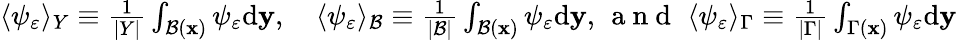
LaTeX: \begin{array}{r}{\langle\psi_{\varepsilon}\rangle_{Y}\equiv\frac{1}{|Y|}\int_{\mathcal{B}(\mathbf x)}\psi_{\varepsilon}\mathrm{d}\mathbf{y},\quad\langle\psi_{\varepsilon}\rangle_{\mathcal{B}}\equiv\frac{1}{|\mathcal{B}|}\int_{\mathcal{B}(\mathbf x)}\psi_{\varepsilon}\mathrm{d}\mathbf{y},\, \mathrm{~a~n~d~}\, \, \langle\psi_{\varepsilon}\rangle_{\Gamma}\equiv\frac{1}{|\Gamma|}\int_{\Gamma(\mathbf x)}\psi_{\varepsilon}\mathrm{d}\mathbf{y}}\end{array}